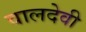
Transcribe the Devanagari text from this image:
वालदेवी